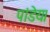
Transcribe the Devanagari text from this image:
पांडेय।